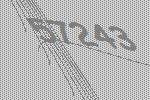
57243